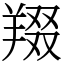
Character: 䍳